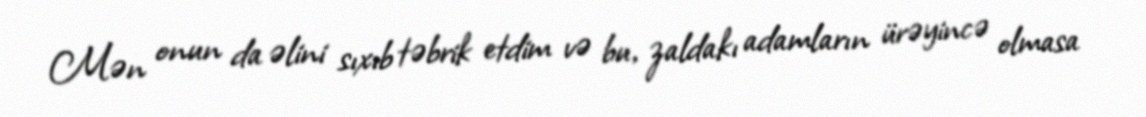
Mən onun da əlini sıxıb təbrik etdim və bu, zaldakı adamların ürəyincə olmasa